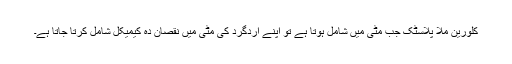
کلورین ملا پلاسٹک جب مٹی میں شامل ہوتا ہے تو اپنے اردگرد کی مٹی میں نقصان دہ کیمیکل شامل کرتا جاتا ہے۔